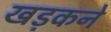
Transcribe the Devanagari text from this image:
खड़कने